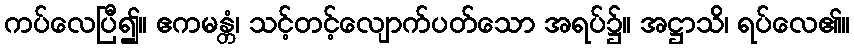
ကပ်လေပြီ၍။ ဧကမန္တံ၊ သင့်တင့်လျောက်ပတ်သော အရပ်၌။ အဋ္ဌာသိ၊ ရပ်လေ၏။